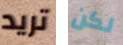
تريد لكن